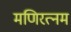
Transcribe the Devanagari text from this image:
मणिरत्‍नम